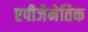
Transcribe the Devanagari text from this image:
एपीजेनेतिक